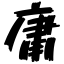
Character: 庸